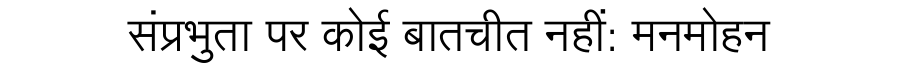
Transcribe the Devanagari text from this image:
संप्रभुता पर कोई बातचीत नहीं: मनमोहन